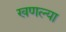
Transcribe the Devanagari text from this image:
खणल्या